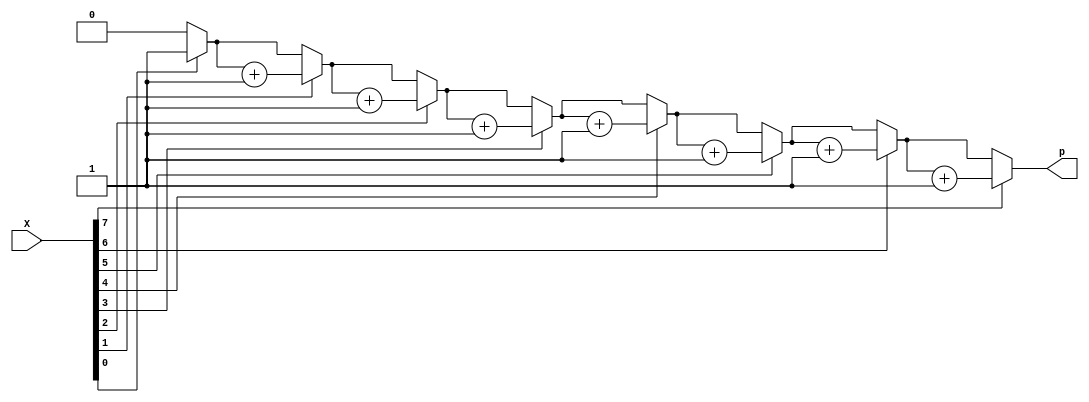

//////////////////////////////////////////////////
// Course: EE354L                               // 
// Gandhi Puvvada 1/29/2019                     //
////////////////////////////////////////////////// 

`timescale 1ns / 100ps

module parity (X, p);

	//inputs
	input[7:0] X;
	
	//outputs
	output p; // p for parity
	
	//declarations
	reg p;      // Notice the "reg" declaration,
				// This is because p is on the LHS of a statement 
				// in a begin..end block in an always construct 
				
	reg [3:0] ones_count;  // to count 1's in X
	integer i;  // "for" loop iteration control
	
//************** // TO DO // COMPLETE THE "for" LOOP BELOW	******************************	
	//parity generation 
	always @(X) begin
		ones_count = 4'b0000;     // Notice the need for starting with zero before the "for" loop
		for (i = 0; i < 8; i = i + 1)                       // Check syntax for the "for" loop on page 71 of the guide
			begin 
			
				if (X[i])
					begin
						ones_count = ones_count + 1;
					end                   // Decide whether to use blocking assignment or non-blocking assignment. 
								   // What happens if you use the wrong assignment. Discuss with your TA.
								   
			end
		p = ones_count[0];		//
	end


endmodule